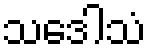
သဒေါသံ